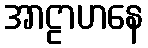
အာဠာဟနေ